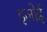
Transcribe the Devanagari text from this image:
इलोई